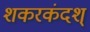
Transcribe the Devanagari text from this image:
शकरकंदश्